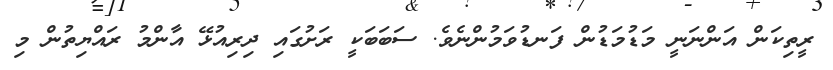
ރީތިކަން އަންނަނީ މަޑުމަޑުން ފަނޑުވަމުންނެވެ. ސަބަބަކީ ރަށުގައި ދިރިއުޅޭ އާންމު ރައްޔިތުން މި